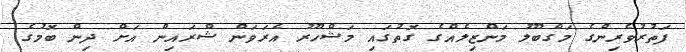
ފަތުރުވެރިންގެ މަގްބޫލު މަންޒިލެއްގެ ގޮތުގައި މަޝްހޫރު އެރަވަން ޝްރައިން އަށް ދިން ބޮމުގެ